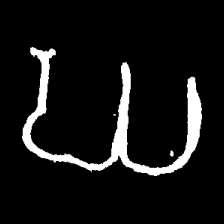
Pyu character \u2014 Myanmar letter: ဃ (romanized: gha)